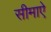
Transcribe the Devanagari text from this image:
सीमाऐ